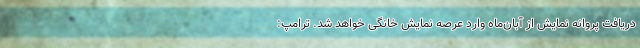
دریافت پروانه نمایش از آبان‌ماه وارد عرصه نمایش خانگی خواهد شد. ترامپ: